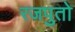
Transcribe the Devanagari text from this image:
रजपुतो